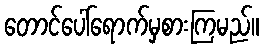
တောင်ပေါ်ရောက်မှစားကြမည်။